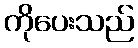
ကိုပေးသည်